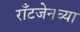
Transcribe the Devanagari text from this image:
राँटजेनच्या